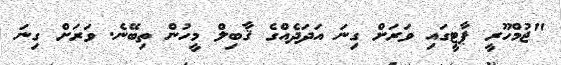
"ޖުމްހޫރީ ޕާޓީގައި ވަރަށް ގިނަ އަދަދެއްގެ ޤާބިލް މީހުން ތިބޭނެ. ވަރަށް ގިނަ